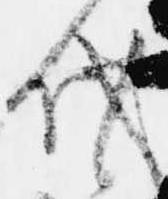
代